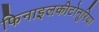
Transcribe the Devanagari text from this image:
फिनाइलकीटोनूरिया